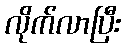
လိုက်လာပြီး